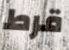
قرط